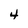
Character: 4